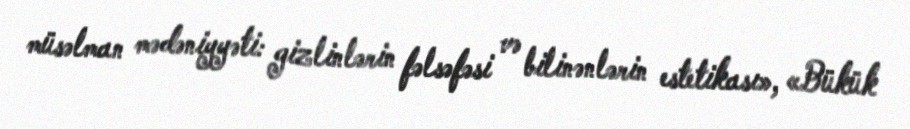
müsəlman mədəniyyəti: gizlinlərin fəlsəfəsi və bilinənlərin estetikası», «Bükük